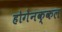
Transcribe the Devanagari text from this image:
होगेनक्कल